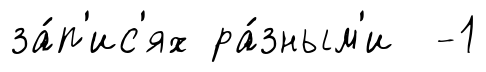
за́п'ис'ях ра́зным'и -1